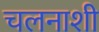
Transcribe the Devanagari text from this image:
चलनाशी